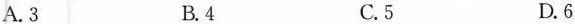
A.3 B.4 C.5 D.6